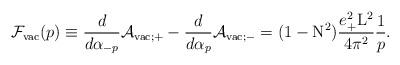
LaTeX: \begin{align*}{\cal F}_{\rm vac}(p) \equiv \frac{d}{d{\alpha}_{-p}}{\cal A}_{{\rm vac};+} - \frac{d}{d{\alpha}_p}{\cal A}_{{\rm vac};-} =(1-{\rm N}^2) \frac{e_{+}^2{\rm L}^2}{4{\pi}^2} \frac{1}{p}.\end{align*}